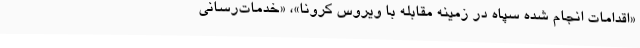
«اقدامات انجام شده سپاه در زمینه مقابله با ویروس کرونا»، «خدمات‌رسانی